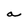
Character: a